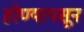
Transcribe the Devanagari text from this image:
होण्यापसून